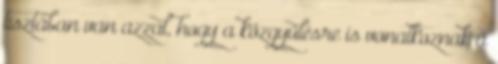
tisztában van azzal, hogy a közgyűlésre is vonatkoznak a